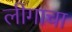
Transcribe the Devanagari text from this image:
लीगाचा